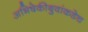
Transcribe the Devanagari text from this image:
अभिषेकीबुवांकडेच